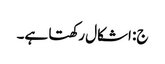
ج: اشکال رکھتا ہے۔